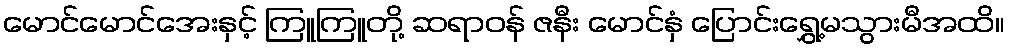
မောင်မောင်အေးနှင့် ကြူကြူတို့ ဆရာဝန် ဇနီး မောင်နှံ ပြောင်းရွှေ့မသွားမီအထိ။